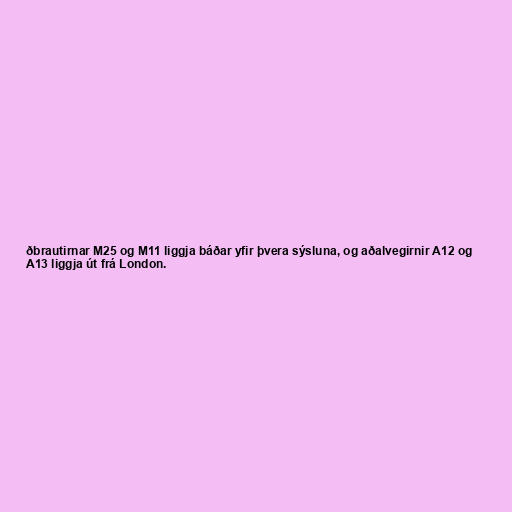
ðbrautirnar M25 og M11 liggja báðar yfir þvera sýsluna, og aðalvegirnir A12 og
A13 liggja út frá London.